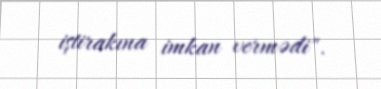
iştirakına imkan vermədi".